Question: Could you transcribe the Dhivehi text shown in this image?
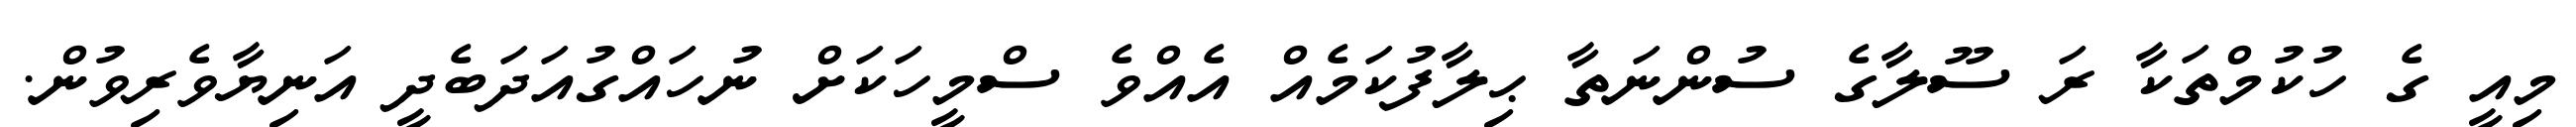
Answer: މިއީ ގެ ހުކުމްތަކާ ރަ ސޫލާގެ ސުންނަތާ ޙިލާފުކަމެއް އެއްވެ ސްމީހަކަށް ނުހައްގުއަދަބެދީ އަނިޔާވެރިވުން.